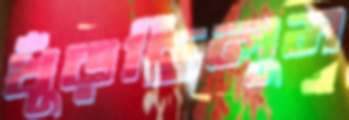
খুঁড়ছিলুম